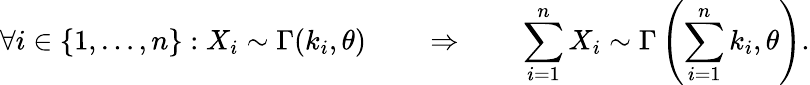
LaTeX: \forall i\in\{ 1,\ldots,n\} :X_{i}\sim\Gamma(k_{i},\theta)\qquad\Rightarrow\qquad\sum_{i=1}^{n}X_{i}\sim\Gamma\left(\sum_{i=1}^{n}k_{i},\theta\right).